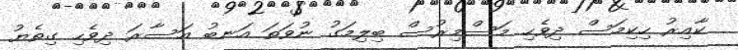
ކާއިރު ހިކިމަސް ދިވެހި މަސްމިރުސް ބިލިމަގު ނުވަތަ އަނބު އަސާރަ ދިވެހި ގިތެޔު